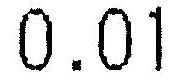
0.01